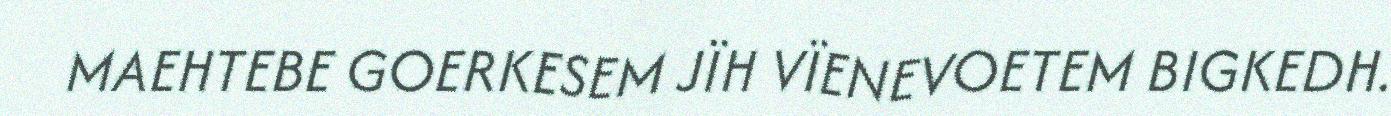
MAEHTEBE GOERKESEM JÏH VÏENEVOETEM BIGKEDH.